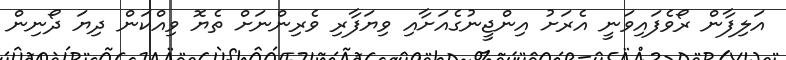
އަލިފާން ރޯވެފައިވަނީ އެރަށު އިންޖީނުގެއަށާއި ވިޔަފާރި ވެރިންނަށް ތެޔޮ ވިއްކަން ދިޔަ ދޯނިން